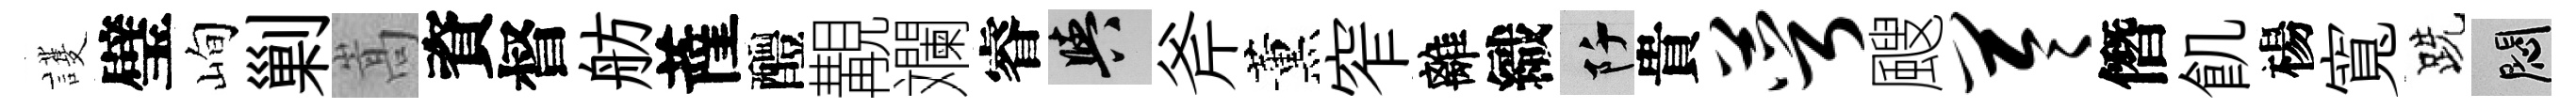
護璧峋剿嵩資督舫薩醴覯斕睿阳斧薰窄離織阡貴萼颼苓僭飢楊寬跣悶